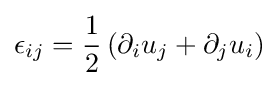
\epsilon _{ij}={\frac {1}{2}}\left(\partial _{i}u_{j}+\partial _{j}u_{i}\right)